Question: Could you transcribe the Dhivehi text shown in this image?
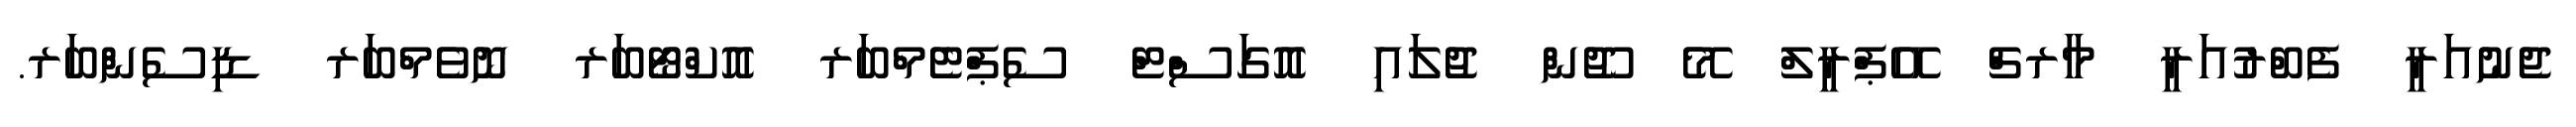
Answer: ޖެނުއަރީ ފެބްރުއަރީ މާރޗް އޭޕްރީލް މޭ ޖޫން ޖުލައި އޮގަސްޓް ސެޕްޓެމްބަރ އޮކްޓޯބަރ ނޮވެމްބަރ ޑިސެންބަރ.